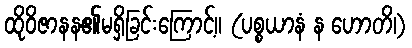
ထိုဝိဇာနန၏မရှိခြင်းကြောင့်။ (ပစ္စယာနံ န ဟောတိ၊)